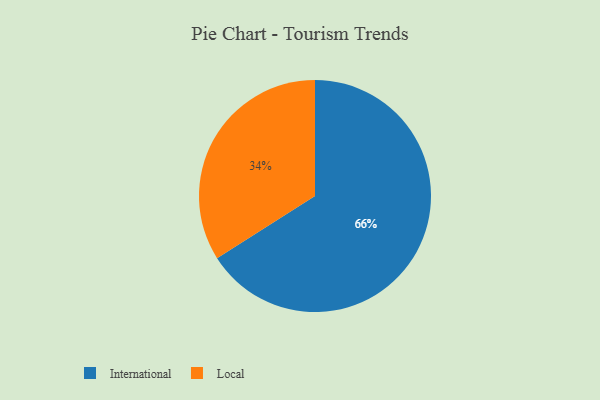
{"axis": {"x": "Category", "y": "Percentage"}, "legend": ["International", "Local"], "data": [{"x": "Local", "y": 34, "type": "Local"}, {"x": "International", "y": 66, "type": "International"}]}